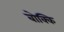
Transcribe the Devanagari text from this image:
बोक्कि